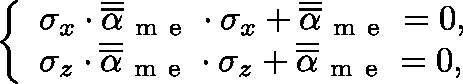
\left\{ \begin{array} { l l } { \sigma _ { x } \cdot \overline { { \overline { { \mathbf { \alpha } } } } } _ { \mathrm { ~ m ~ e ~ } } \cdot \sigma _ { x } + \overline { { \overline { { \mathbf { \alpha } } } } } _ { \mathrm { ~ m ~ e ~ } } = 0 , } \\ { \sigma _ { z } \cdot \overline { { \overline { { \mathbf { \alpha } } } } } _ { \mathrm { ~ m ~ e ~ } } \cdot \sigma _ { z } + \overline { { \overline { { \mathbf { \alpha } } } } } _ { \mathrm { ~ m ~ e ~ } } = 0 , } \end{array} \right.